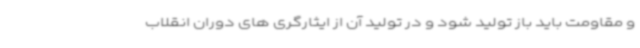
و مقاومت باید باز تولید شود و در تولید آن از ایثارگری های دوران انقلاب